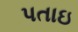
પતાઇ